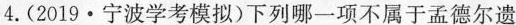
4.(2019 · 宁波学考模拟)下列哪一项不属于孟德尔遗